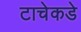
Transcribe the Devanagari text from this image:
टाचेकडे